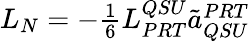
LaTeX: \begin{array}{r}{L_{N}=-\frac{1}{6}L_{PRT}^{QSU}\tilde{a}_{QSU}^{PRT}}\end{array}